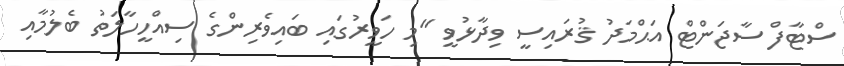
ސްޓާފް ސާޖަންޓް އަޙްމަދު ޤުރައިސީ ވިދާޅުވީ "މި ހަވީރުގައި ބައިވެރިންގެ ސިއްހީހާލަތު ބެލުމާއި